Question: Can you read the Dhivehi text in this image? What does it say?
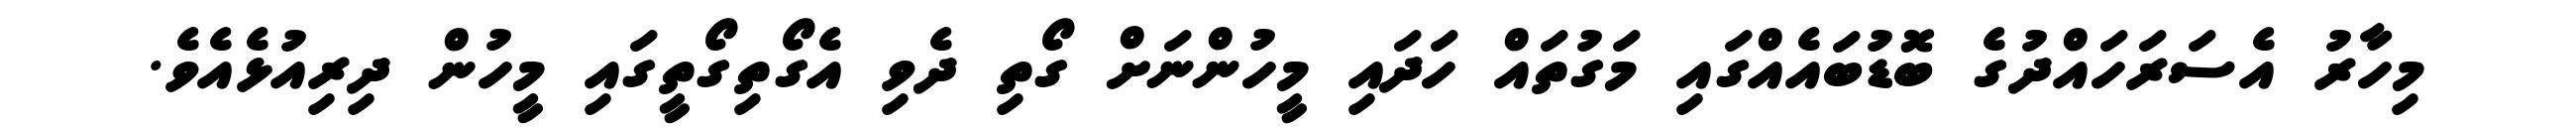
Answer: މިހާރު އެސަރަހައްދުގެ ބޮޑުބައެއްގައި މަގުތައް ހަދައި މީހުންނަށް ގޯތި ދެވި އެގޯތިގޯތީގައި މީހުން ދިރިއުޅެއެވެ.